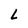
Character: L